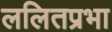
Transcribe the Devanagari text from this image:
ललितप्रभा